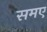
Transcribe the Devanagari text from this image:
समए